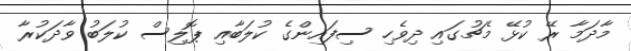
މާދަމާ ރޭ ކުޅޭ މެޗުގައި ދިވެހި ސިފައިންގެ ކުލަބާއި ޕޮލިސް ކުލަބު ވާދަކުރާ